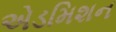
એડમિશન